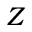
Z